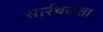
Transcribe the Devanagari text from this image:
सार्रथकता